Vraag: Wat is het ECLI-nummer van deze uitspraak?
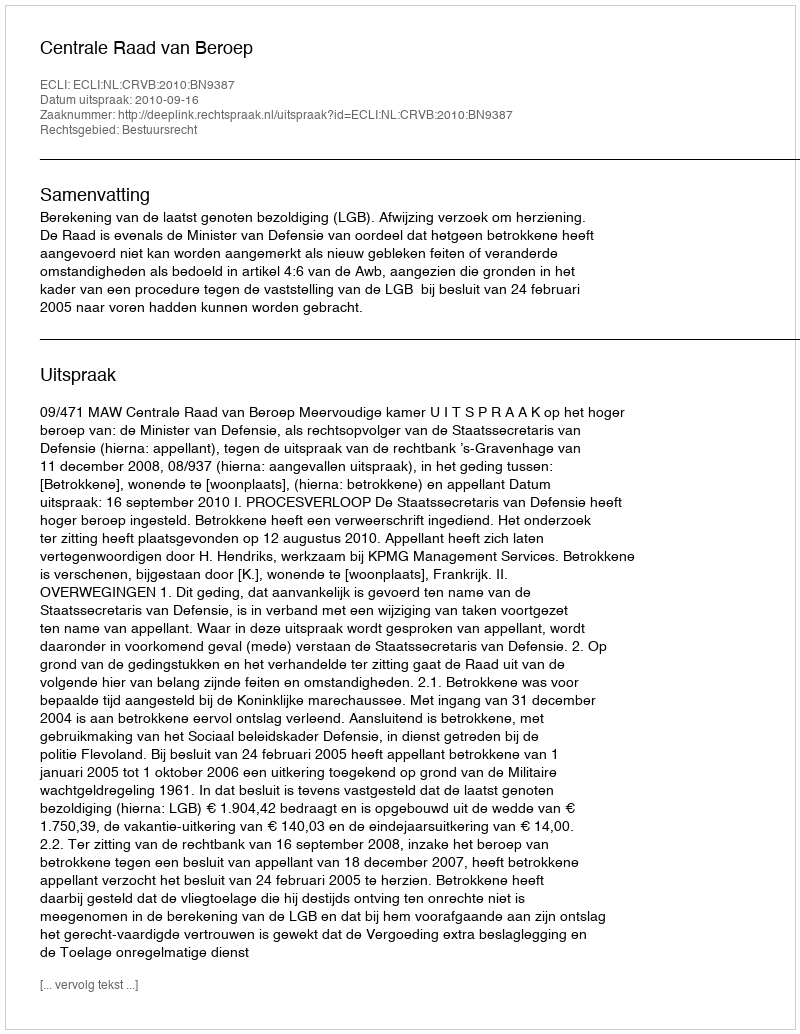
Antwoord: ECLI:NL:CRVB:2010:BN9387